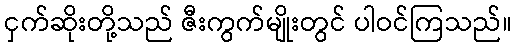
ငှက်ဆိုးတို့သည် ဇီးကွက်မျိုးတွင် ပါဝင်ကြသည်။